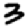
Digit: 3